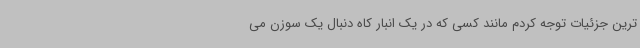
ترین جزئیات توجه کردم مانند کسی که در یک انبار کاه دنبال یک سوزن می